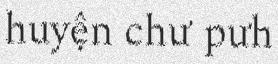
huyện chư pưh